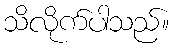
သိလိုက်ပါသည်။